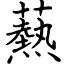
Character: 爇